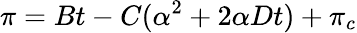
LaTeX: \pi=Bt-C(\alpha^{2}+2{\alpha}Dt)+\pi_{c}